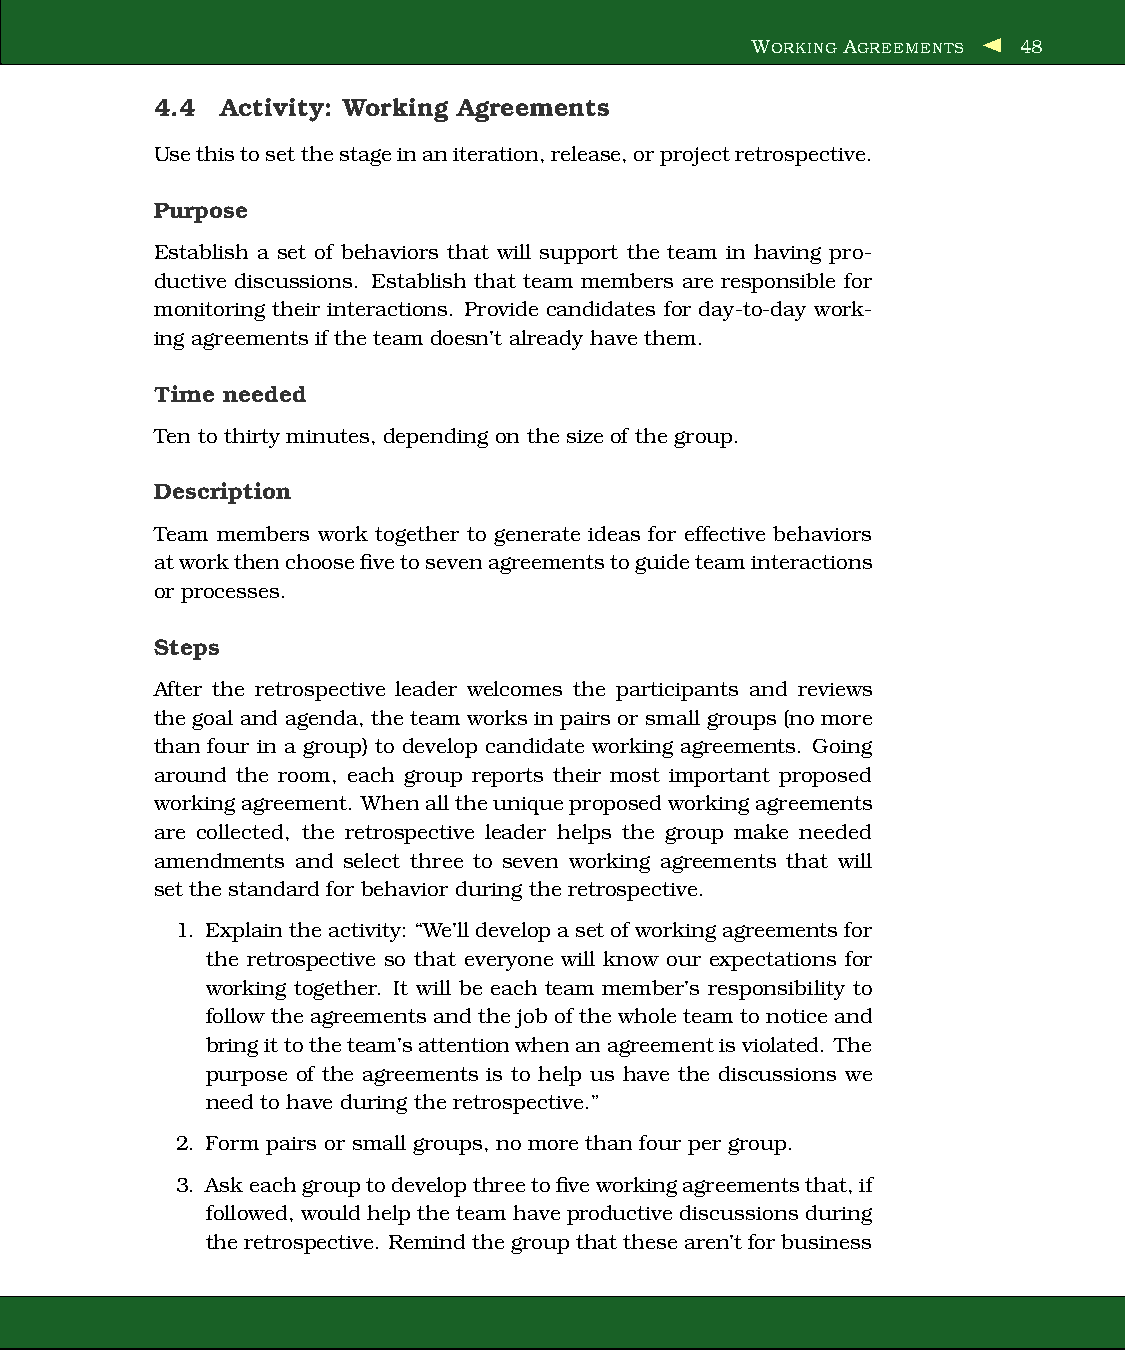
WORKING AGREEMENTS 48
 4.4  Activity: Working Agreements
 Usethistosetthestageinaniteration,release,orprojectretrospective.
 Purpose
 Establish a set of behaviors that will support the team in having pro-
 ductive discussions. Establish that team members are responsible for
 monitoring their interactions. Provide candidates for day-to-day work-
 ing agreementsif the team doesn’t already have them.
 Time needed
 Ten to thirty minutes, depending on the size of the group.
 Description
 Team members work together to generate ideas for effective behaviors
 atworkthenchoosefivetosevenagreementstoguideteaminteractions
 or processes.
 Steps
 After the retrospective leader welcomes the participants and reviews
 thegoal and agenda, theteam works in pairs or small groups (no more
 than four in a group) to develop candidate working agreements. Going
 around the room, each group reports their most important proposed
 workingagreement. Whenalltheuniqueproposedworkingagreements
 are collected, the retrospective leader helps the group make needed
 amendments and select three to seven working agreements that will
 set the standard for behavior during the retrospective.
 1. Explaintheactivity: “We’lldevelopasetofworkingagreementsfor
 the retrospective so that everyone will know our expectations for
 working together. It will be each team member’s responsibility to
 follow the agreementsand thejob of thewhole team to notice and
 bringittotheteam’sattentionwhenanagreementisviolated. The
 purpose of the agreements is to help us have the discussions we
 need to have during the retrospective.”
 2. Form pairs or small groups, no more than four per group.
 3. Askeachgrouptodevelopthreetofiveworkingagreementsthat,if
 followed, wouldhelp theteamhaveproductive discussions during
 theretrospective. Remindthegroupthatthesearen’tforbusiness